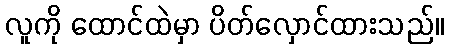
လူကို ထောင်ထဲမှာ ပိတ်လှောင်ထားသည်။